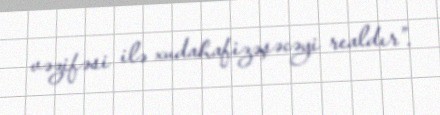
vəzifəsi ilə xudahafizəşəcəyi realdır”.